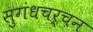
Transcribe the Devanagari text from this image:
सुगंधचर्चन